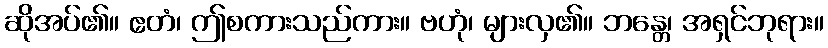
ဆိုအပ်၏။ ဧတံ၊ ဤစကားသည်ကား။ ဗဟုံ၊ များလှ၏။ ဘန္တေ၊ အရှင်ဘုရား။